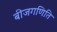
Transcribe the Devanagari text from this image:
बीजगणिति